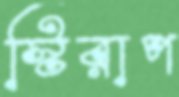
স্টিরাপ